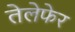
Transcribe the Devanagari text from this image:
तेलेफेर